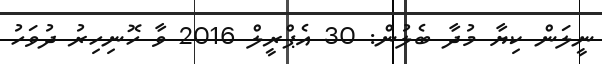
ނީލަން ކިޔާ މުދާ ބެލުން: 30 އެޕްރީލް 2016 ވާ ހޮނިހިރު ދުވަހު